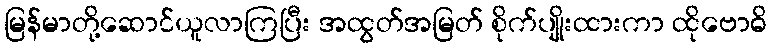
မြန်မာတို့ဆောင်ယူလာကြပြီး အထွတ်အမြတ် စိုက်ပျိုးထားကာ ထိုဗောဓိ